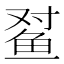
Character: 𲍍